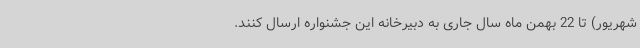
شهریور) تا 22 بهمن ماه سال جاری به دبیرخانه این جشنواره ارسال کنند.